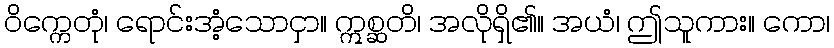
ဝိက္ကေတုံ၊ ရောင်းအံ့သောငှာ။ ဣစ္ဆတိ၊ အလိုရှိ၏။ အယံ၊ ဤသူကား။ ကော၊